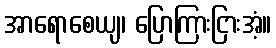
အာရောစေယျ၊ ပြောကြားငြားအံ့။